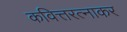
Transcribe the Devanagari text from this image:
कवित्तरत्नाकर